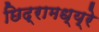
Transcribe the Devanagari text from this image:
छिद्रामध्य्रे